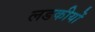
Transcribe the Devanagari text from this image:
लडकीयों